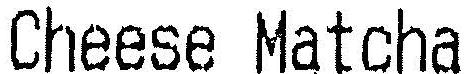
CHEESE MATCHA